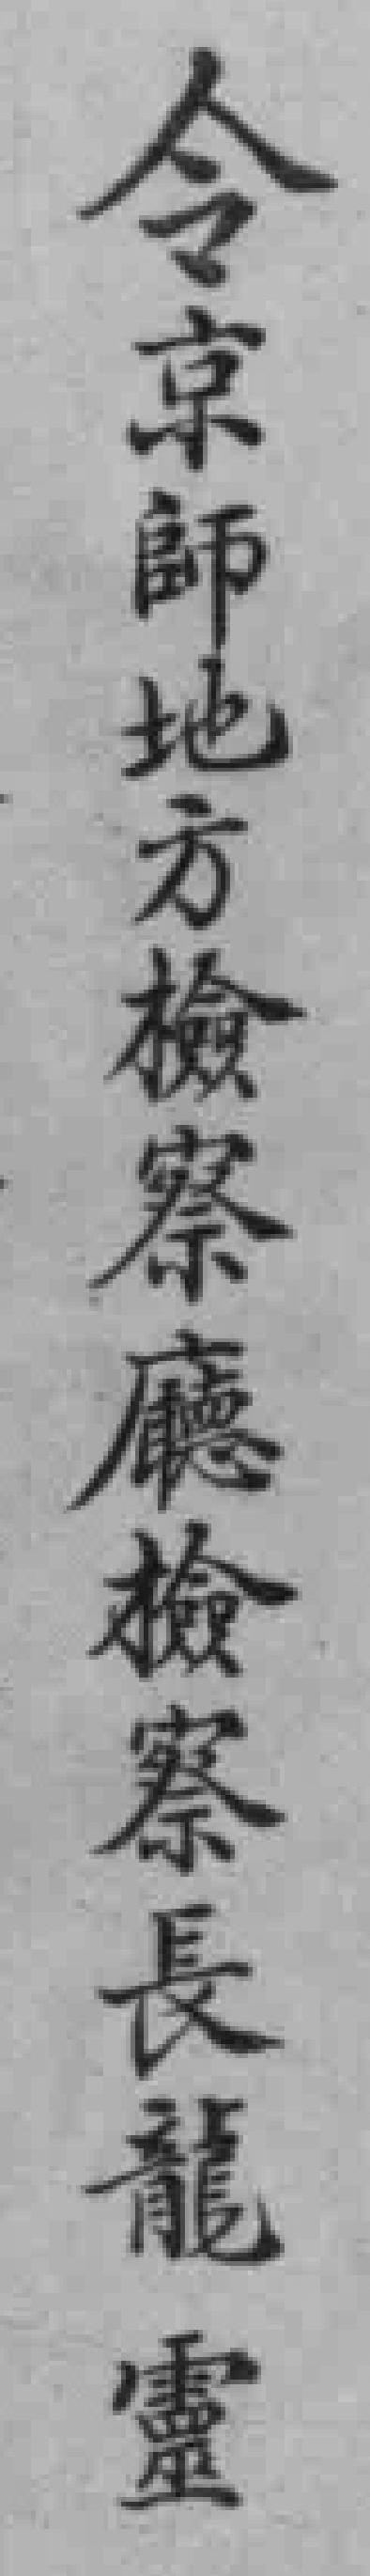
令京師地方檢察廳檢察長龍靈